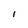
Character: l